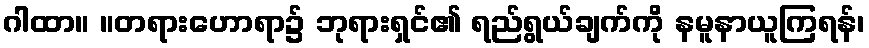
ဂါထာ။ ။တရားဟောရာ၌ ဘုရားရှင်၏ ရည်ရွယ်ချက်ကို နမူနာယူကြရန်၊